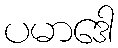
ပမာဒေါ